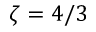
\zeta = 4 / 3